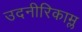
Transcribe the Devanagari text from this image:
उदनीरिकाम्ल